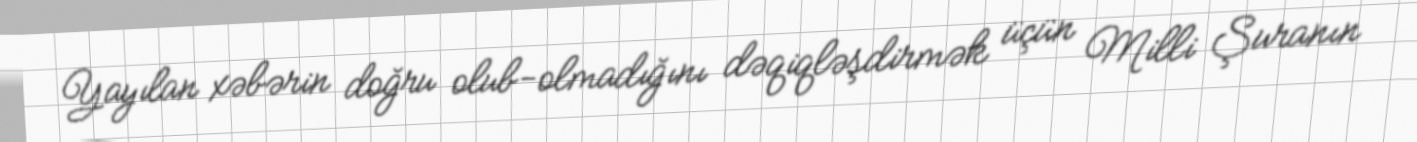
Yayılan xəbərin doğru olub-olmadığını dəqiqləşdirmək üçün Milli Şuranın